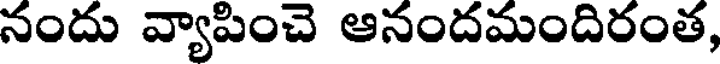
నందు వ్యాపించె ఆనందమందిరంత,